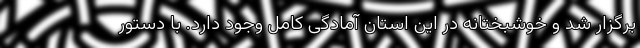
برگزار شد و خوشبختانه در این استان آمادگی کامل وجود دارد. با دستور